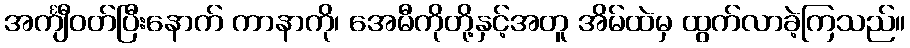
အင်္ကျီဝတ်ပြီးနောက် ကာနာကို၊ အေမီကိုတို့နှင့်အတူ အိမ်ထဲမှ ထွက်လာခဲ့ကြသည်။